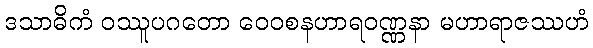
ဒသာဓိကံ ဝဿူပဂတော ဝေဝစနဟာရဝဏ္ဏနာ မဟာရာဇဿဟံ